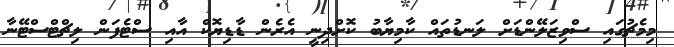
މިމެޗުގައި ސްވިޒަލޭންޑަށް ލަނޑުތައް ކާމިޔާބު ކޮށްދިނީ އެރެން ޑާޑިޔޮކް އާއި ސްޓެފަން ލިޗްޓްސްޓޭނާ